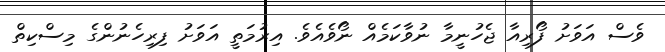
ވެސް އަވަށު ފޯރިއާ ޖެހުނީމާ ނުވާކަމެއް ނޯވެއެވެ. އިރުމަތީ އަވަށު ފިރިހެނުންގެ މިސްކިތް